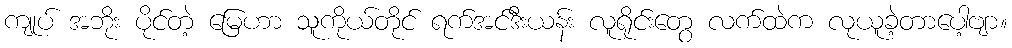
ကျုပ် အဘိုး ပိုင်တဲ့ မြေဟာ သူကိုယ်တိုင် ရက်အင်ဒီးယန်း လူရိုင်းတွေ လက်ထဲက လုယူခဲ့တာပေါ့ဗျာ။